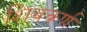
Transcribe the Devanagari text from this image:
शिवकर्ण